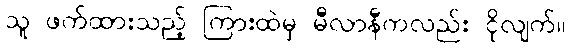
သူ ဖက်ထားသည့် ကြားထဲမှ မီလာနီကလည်း ငိုလျက်။